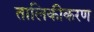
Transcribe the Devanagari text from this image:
तालिकीकरण